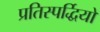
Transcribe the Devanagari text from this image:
प्रतिस्पर्द्धियों